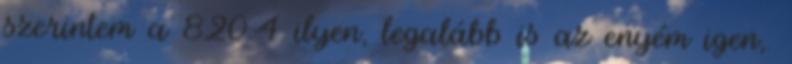
szerintem a 820.4 ilyen, legalább is az enyém igen,.